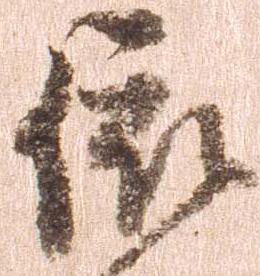
依